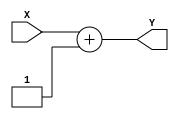

 module adder_04(
                   output reg [31:0] Y,
                   input [31:0] X
                    );
       always @(X)
                   begin
                   Y <= X+32'h00000001;
                   end
       endmodule